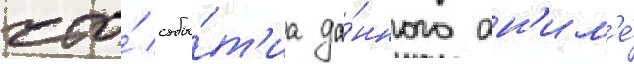
что́ собы́т'иа да́нного ан'им'е́